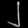
Digit: ၂